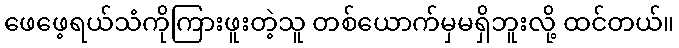
ဖေဖေ့ရယ်သံကိုကြားဖူးတဲ့သူ တစ်ယောက်မှမရှိဘူးလို့ ထင်တယ်။